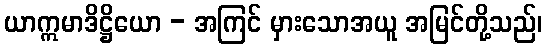
ယာဣမာဒိဋ္ဌိယော - အကြင် မှားသောအယူ အမြင်တို့သည်၊